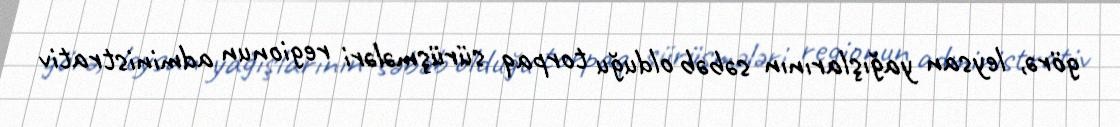
görə, leysan yağışlarının səbəb olduğu torpaq sürüşmələri regionun administrativ